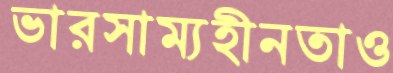
ভারসাম্যহীনতাও